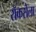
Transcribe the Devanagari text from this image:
रॉकसेला